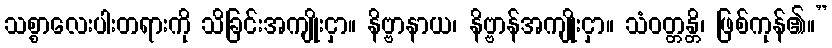
သစ္စာလေးပါးတရားကို သိခြင်းအကျိုးငှာ။ နိဗ္ဗာနာယ၊ နိဗ္ဗာန်အကျိုးငှာ။ သံဝတ္တန္တိ၊ ဖြစ်ကုန်၏။”